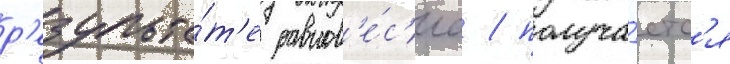
р'езульта́т'е равнов'е́с'иа / получа́етс'я